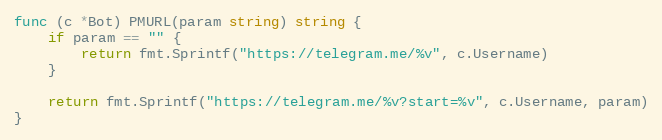
Language: Go
func (c *Bot) PMURL(param string) string {
	if param == "" {
		return fmt.Sprintf("https://telegram.me/%v", c.Username)
	}

	return fmt.Sprintf("https://telegram.me/%v?start=%v", c.Username, param)
}